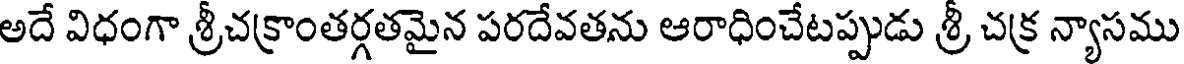
అదే విధంగా శ్రీచక్రాంతర్గతమైన పరదేవతను ఆరాధించేటప్పుడు శ్రీ చక్ర న్యాసము